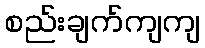
စည်းချက်ကျကျ